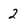
Character: 2